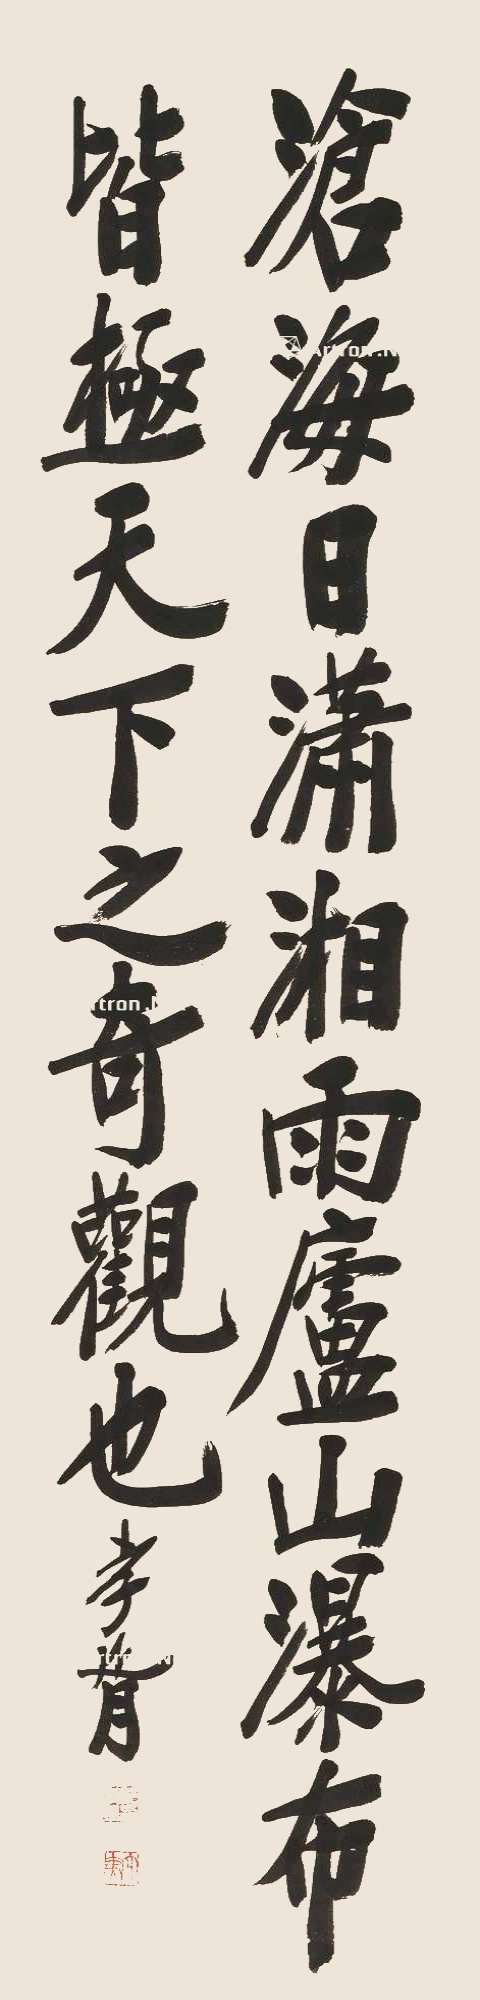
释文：沧海日，潇湘雨，庐山瀑布，皆极天下之奇观也。孝胥。